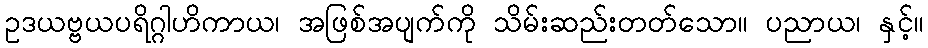
ဥဒယဗ္ဗယပရိဂ္ဂါဟိကာယ၊ အဖြစ်အပျက်ကို သိမ်းဆည်းတတ်သော။ ပညာယ၊ နှင့်။